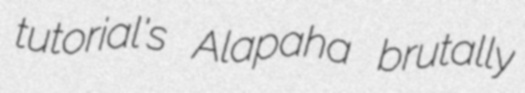
tutorial's Alapaha brutally